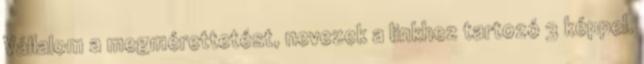
Vállalom a megmérettetést, nevezek a linkhez tartozó 3 képpel.